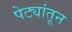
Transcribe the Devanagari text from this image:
पेट्यांतून